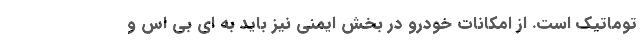
توماتیک است. از امکانات خودرو در بخش ایمنی نیز باید به ای بی اس و